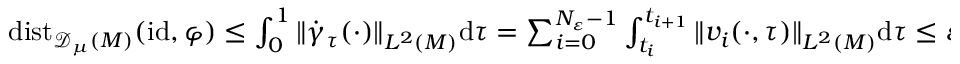
\begin{array} { r } { \mathrm { d i s t } _ { { \mathscr { D } _ { \mu } ( M ) } } ( \mathrm { i d } , \varphi ) \leq \int _ { 0 } ^ { 1 } \| \dot { \gamma } _ { \tau } ( \cdot ) \| _ { L ^ { 2 } ( M ) } \mathrm { d } \tau = \sum _ { i = 0 } ^ { N _ { \varepsilon } - 1 } \int _ { t _ { i } } ^ { t _ { i + 1 } } \| v _ { i } ( \cdot , \tau ) \| _ { L ^ { 2 } ( M ) } \mathrm { d } \tau \leq \varepsilon N _ { \varepsilon } , } \end{array}